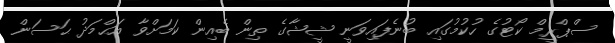
ސްޕްރީމް ކޯޓުގެ ހުކުމުގައި ބުނެފައިވަނީ ޝީޝާގެ ތިން ބެއިން ކަމަށްވާ އަޙްމަދު ޙަސަން